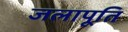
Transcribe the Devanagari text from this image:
जलापूति